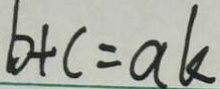
b + c = a k